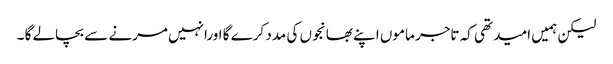
لیکن ہمیں امید تھی کہ تاجر ماموں اپنے بھانجوں کی مدد کرے گا اورانہیں مرنے سے بچالے گا ۔